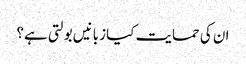
ان کی حمایت کیا زبانیں بولتی ہے؟